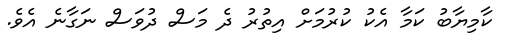
ކާމިޔާބު ކަމާ އެކު ކުރުމަށް އިތުރު ދެ މަސް ދުވަސް ނަގާނެ އެވެ.